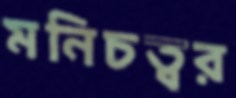
মনিচত্বর